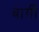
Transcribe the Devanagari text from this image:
बार्गी